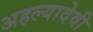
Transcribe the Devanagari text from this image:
अहल्यादेवी